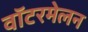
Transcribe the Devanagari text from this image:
वॉटरमेलन